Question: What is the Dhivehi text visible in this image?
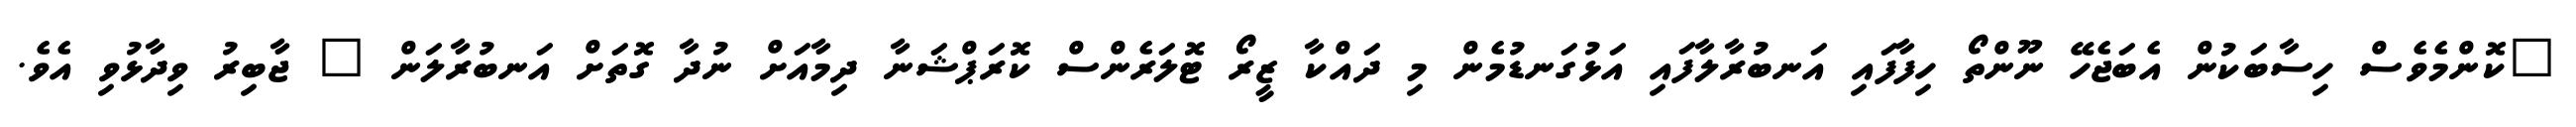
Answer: "ކޮންމެވެސް ހިސާބަކުން އެބަޖެހޭ ނޫންތޯ ހިފާފައި އަނބުރާލާފައި އަޅުގަނޑުމެން މި ދައްކާ ޒީރޯ ޓޮލަރެންސް ކޮރަޕްޝަނާ ދިމާއަށް ނުދާ ގޮތަށް އަނބުރާލަން " ޖާބިރު ވިދާޅުވި އެވެ.